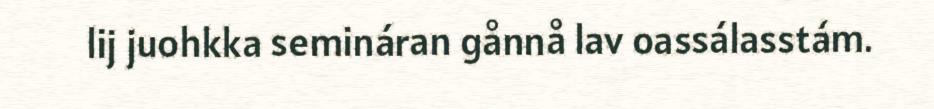
lij juohkka semináran gånnå lav oassálasstám.